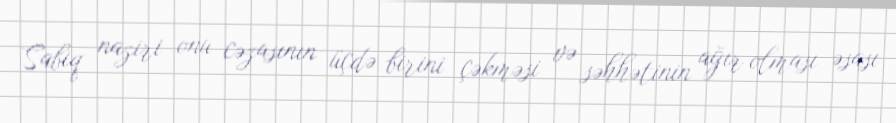
Sabiq naziri onu cəzasının üçdə birini çəkməsi və səhhətinin ağır olması əsası